Report on sanitation, dispensaries, and jails in Rajputana for 1916, and on vaccination for the year 1916-1917 - 1916-1917
Year: 1916
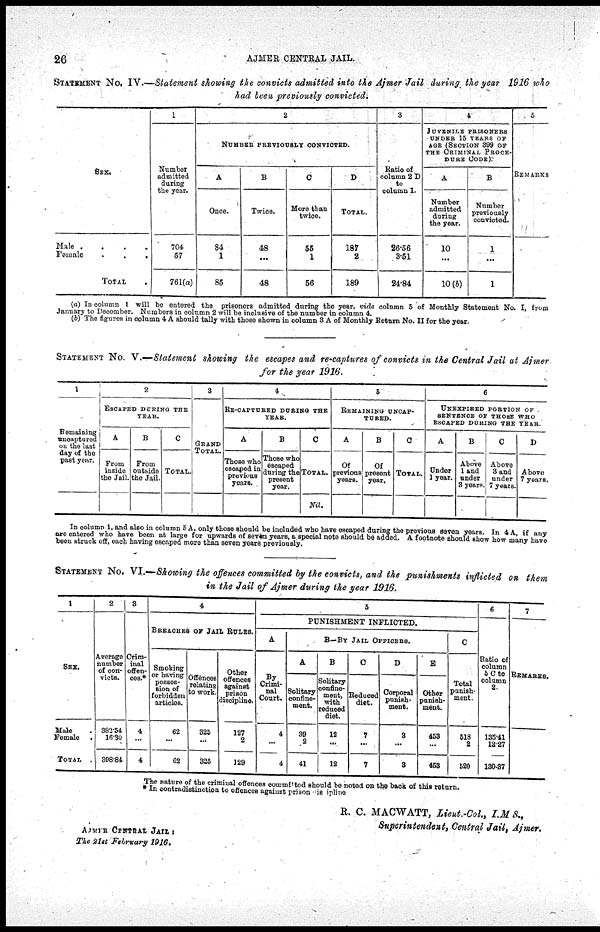
26
AJMER CENTRAL JAIL.
STATEMENT No. IV.—Statement showing the convicts admitted into the Ajmer Jail during the year 1916 who
had been previously convicted.
SEX.
Male .
.
.
.
Female
.
.
.
TOTAL .
1
Number
admitted
during
the year.
704
57
761(a)
2
NUMBER PREVIOUSLY CONVICTED.
A
Once.
84
1
85
B
Twice.
48
...
48
C
More than
twice.
55
1
56
D
TOTAL.
187
2
189
3
Ratio of
column 2 D
to
column 1.
26.56
3.51
24.84
4
JUVENILE PRISONERS
UNDER 15 YEARS OF
AGE (SECTION 399 OF
THE CRIMlNAL PROCE¬
DURE CODE).
A
Number
admitted
during
the year.
10
...
10(b)
B
Number
previously
convicted.
1
...
1
5
REMARKS
(a) In column 1 will be entered the prisonors admitted during the year, vide column 5 of Monthly Statement No. I, from
January to December. Numbers in column 2 will be inclusive of the number in column 4.
(b) The figures in column 4 A should tally with those shown in oolamn 3 A of Monthly Return No. II for the year.
STATEMENT No. V.—Statement showing the escapes and re-captures of convicts in the Central Jail at Ajmer
for the year 1916.
1
Remaining
encaptured
on the last
day of the
past year.
2
ESCAPED DURING THE
YEAR.
A
From
inside
the Jail.
B
From
outbide
the Jail.
C
TOTAL.
3
GRAND
TOTAL.
4
RE-CAPTURED DURING THE
YEAR.
A
Those who
escaped in
previous
years.
B
Those who
escaped
daring the
present
year.
C
Total.
Nil.
5
REMAINING UNCAP¬
TURED.
A
Of
prerious
years.
B
Of
present
year.
C
Total.
6
UNEXPIRED PORTION OF
SENTENCE OF THOSE WHO
ESCAPED DURING THE YEAR.
A
Under
1 year.
B
Above
land
under
8 years.
C
Above
3 and
under
7 years.
D
Above
7 years.
In column 1, and also in column 5 A, only those should be included who have escaped during the previous seven years. In 4 A, if any
are entered who have been at large for upwards of seven years, a special note should be added. A footnote should show how many have
been struck off, each having escaped more than seven years previously.
STATEMENT No. VI.—Showing the offences committed by the convicts, and the punishments inflicted on them
in the Jail of Ajmer during the year 1916.
1
SEX.
Male .
Female .
TOTAL .
2
Average
number
of con¬
victs.
882.54
16.30
398.84
3
Crim-
inal
offen¬
ces.*
4
...
4
4
BREACHES OF JAIL RULES.
Smoking
or having
posses¬
tion of
forbidden
articles.
62
...
62
Offences
relating
to work.
325
...
325
Other
offences
against
prison
discipline
127
2
129
5
PUNISHMENT INFLICTED.
A
By
Crimi-
nal
Court.
4
...
4
B—BY JAIL OFFICERS.
A
Solitary
confine-
ment.
39
2
41
B
Solitary
confine-
ment,
with
reduced
diet.
12
...
12
C
Reduced
diet.
7
...
7
D
Corporal
punish-
ment.
8
...
8
E
Other
punish-
ment.
453
...
453
C
Total
punish-
ment.
518
2
520
6
Ratio of
column
5 C to
column
2.
135.41
12.27
130.87
7
REMARKS.
The nature of the criminal offences commited should be noted on the back of this return.
In contradistinction to offences against prison disipline
R. C. MACWATT, Lieut.-Col., I.M.S.,
Superintendent, Central Jail, Ajmer.
AJMER CENTRAL JAIL :
The 21st February
1916.